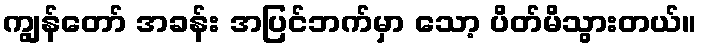
ကျွန်တော် အခန်း အပြင်ဘက်မှာ သော့ ပိတ်မိသွားတယ်။